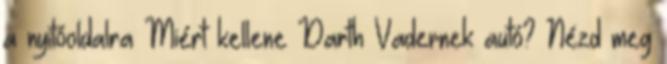
a nyitóoldalra Miért kellene Darth Vadernek autó? Nézd meg